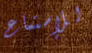
للإستماع